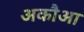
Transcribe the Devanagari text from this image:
अकौआ